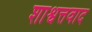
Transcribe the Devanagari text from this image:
शाश्वत्तवाद